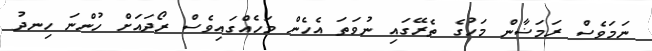
ނަމަވެސް ރަމަޟާން މަހުގެ ތެރޭގައި ނުވަތަ އެހެން މަހެއްގައިވެސް ރޯދައަށް ހުންނަ ހިނދު